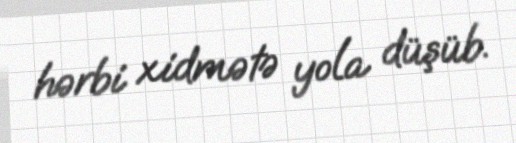
hərbi xidmətə yola düşüb.